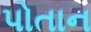
પોતાન